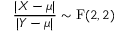
{ \frac { | X - \mu | } { | Y - \mu | } } \sim \operatorname { F } ( 2 , 2 )